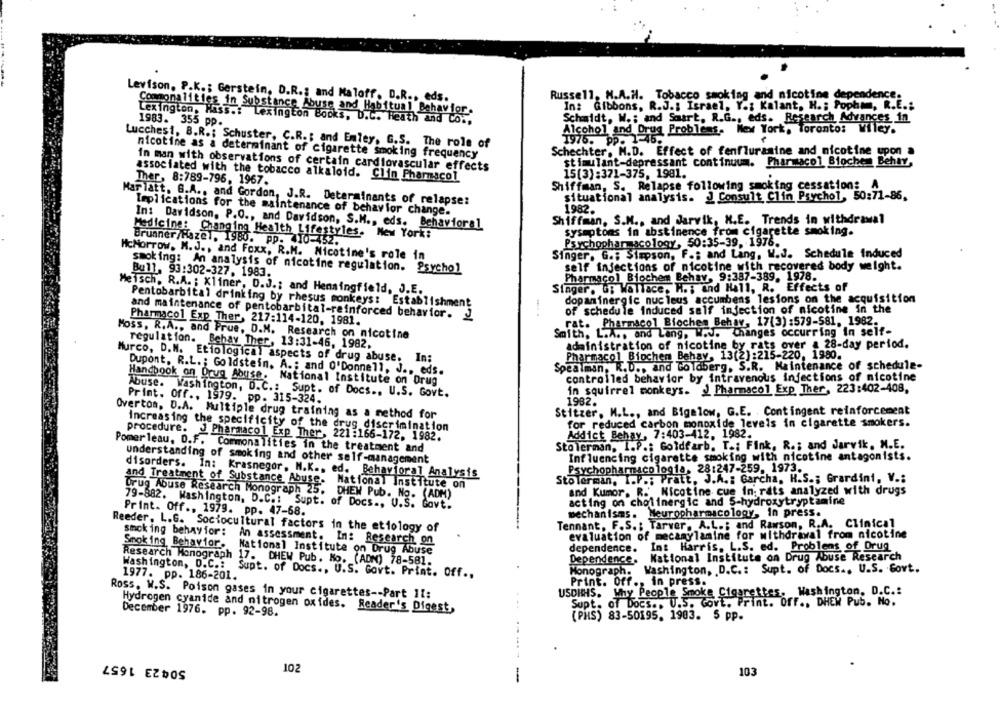
Levison, P.K .; Gerstein, D.R .; and Maloff, D.R ., eds.
Russell, H.A.H. Tobacco smoking and nicotine dependence.
In: Gibbons, R.J .: Israel, Y .; Kalant, H .; Pophmm, R.E .:
Commonalities in Substance Abuse and Habitual Behavior.
Lexington, Hass .: Lexington Books, D.C. Heath and Co .,
Schmidt, W .: and Soart, R.G ., eds. Research Advances in
1983. 355 pp.
Alcohol and Drug Problems. New York, Toronto: Wiley.
1975. Pp. 1-45.
Lucchesi, B.R .; Schuster, C.R .: and Emley, G.S. The role of
nicotine as a determinant of cigarette smoking frequency
Schechter, M.D. Effect of fenfluramine and nicotine upon a
stimulant-depressant continuum. Pharmacol Bioche_ Behay,
In man with observations of certain cardiovascular effects
associated with the tobacco alkaloid. Clin Pharmacol
15(3):371-375, 1981.
Ther, 8:789-796, 1967.
Shiffman, S. Relapse following smoking cessation: A
situational analysis. J Consult Clin Psychol, 50:71-86.
Mar latt. G.A ., and Gordon, J.R. Determinants of relapse:
Implications for the maintenance of behavior change.
1982.
Shiffman, S.M ., and Jarvik, M.E. Trends in withdrawal
In: Davidson, P.O ., and Davidson, S.M ., eds. Behavioral
Medicine: Changing Health Lifestyles. New York:
sysuptoms in abstinence from cigarette smoking.
Brunner/Hazel, 1980. pp. 410-452.
Psychopharmacology, 50:35-39, 1976.
McMorrow, N.J ., and Foxx, R.M. Nicotine's role in
Singer. G .: Simpson, F .; and Lang, W.J. Schedule Induced
smoking: An analysis of nicotine regulation. Psychol
self injections of nicotine with recovered body weight.
Bull, 93:302-327. 1983.
Pharmacol Biochem Behav, 9:387-389. 1978.
Meisch. R.A. ; Kliner, D.J .; and Henningfield, J.E.
Singer. G; Wallace, H. ; and Hall, R. Effects of
dopaminergic nucleus accumbens lesions on the acquisition
Pentobarbital drinking by rhesus monkeys: Establishment
.. .
of schedule induced salf injection of nicotine in the
and maintenance of pentobarbital-reinforced behavior. J
Pharmacol Exp Ther, 217:114-120, 1981.
rat. Pharmacol Biochem Behav, 17(3) :579-581. 1982.
Moss. R.A ., and Prue, D.M. Research on nicotine
Smith, L.A ., and Lang, W.J. Changes occurring In self-
regulation. Behay Ther, 13:31-46, 1982.
administration of nicotine by rats over a 28-day period.
Pharmacol Biochem Behav, 13(2):215-220, 1980.
Murco, D.N. Etiological aspects of drug abuse. In:
Spealman, R.D ., and Goldberg, S.R. Maintenance of schedule-
Dupont, R.L .; Goldstein. A .; and O'Donnell, J ., eds.
controlled behavior by intravenous infections of nicotine
Handbook on Drug Abuse. National Institute on Drug
in squirrel monkeys. J Pharmacol Exp Ther, 223:402-408.
Abuse. Washington, D.C .: Supt. of Docs .. U.S. Govt.
Print. off ., 1979. pp. 315-324.
1982.
Stitzer, M.L ., and Bigelow, G.E. Contingent reinforcement
Overton, D.A. Multiple drug training as a method for
increasing the specificity of the drug discrimination
for reduced carbon monoxide levels in cigarette smokers.
Addict Behay, 7:403-412. 1982.
procedure. J Pharmacol Exp Ther, 221 :166-172, 1982.
Stolerman, I.P .; Goldfarb. T .: Fink, R .; and Jarvik, N.E.
Pomerleau, D.F. Commonalities in the treatment and
understanding of smoking and other self-management
Influencing cigarette smoking with nicotine antagonists.
Psychopharmacolog1a, 28:247-259, 1973.
disorders. In: Krasnegor, N.K ., ed. Behavioral Analysis
and Treatment of Substance Abuse.
National Institute on
Stolerman, I.P .; Pratt, J.A .: Garcha, H.S .; Grardini, V .:
and Kumor. R.' Nicotine cue In; rats analyzed with drugs
Drug Abuse Research Monograph 25, DHEW Pub. No. (ADM)
acting on cholinergic and 5-hydroxytryptamine
Print. Off ., 1979. pp. 47-68.
79-882. Washington, D.C .: Supt. of Docs ., U.S. Govt.
mechanisms. Neuropharmacology, In press.
Tennant, F.S .: Tarver, A.L .; and Rawson, R.A. Clinical
Reeder, L.G. Sociocultural factors in the etiology of
smoking behavior:
evaluation of mecamylamine for withdrawal from nicotine
An assessment. In: Research on
Smoking Behavior.
dependence.
Int Harris, L.S. ed. Problems of Drug
Research Monograph
National Institute on Drug Abuse
17. CHEW Pub. Ho. (ADN) 78-581.
Dependence. National Institute on Drug Abuse Research
Washington, D.C .: Supt. of Docs .. U.S. Govt.
1977. pp. 186-201.
Washington, D.C .: Supt. of Docs ., U.S. Govt. Print. Off ..
Monograph.
Print. Off ., in press.
Washington, D.C .:
Ross. W.S. Poison gases in your cigarettes -- Part 11:
USDHHS. Why People Smoke Cigarett
...
Supt. of Docs .. U.S. Govt. Print. Off ., DHEW Pub. Mo.
Hydrogen cyanide and nitrogen oxides. Reader's Digest,
December 1976. pp. 92-98.
(PHS) 83-50195. 1903. 5 pp.
504 23 1657
102
103
-